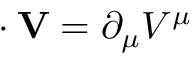
\mathbf { \partial } \cdot \mathbf { V } = \partial _ { \mu } V ^ { \mu }